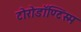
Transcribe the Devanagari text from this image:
टोरोडॉण्टिस्म